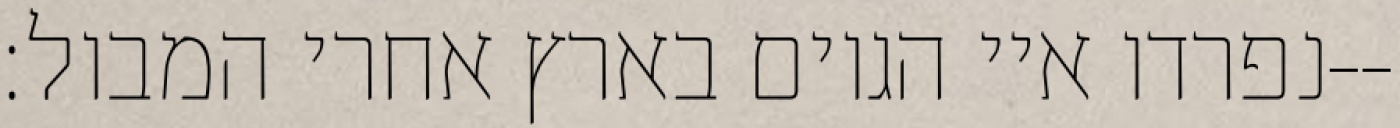
נפרדו איי הגוים בארץ אחרי המבול׃--